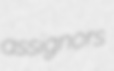
assignors